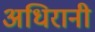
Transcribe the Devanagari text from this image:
अधिरानी